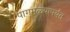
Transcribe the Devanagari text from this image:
पागमळ्यापर्यंत